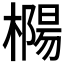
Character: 𰘲